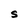
Character: S